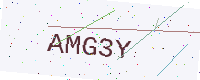
Text: AMG3Y